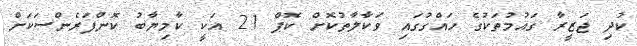
ކުދި ޖަޒީރާ ގައުމުތަކުގެ ހައްގުގައި ވަކާލާތުކޮށް ކޮޕް 21 އަކީ ކާމިޔާބު ކޮންފަރެންސަކަށް